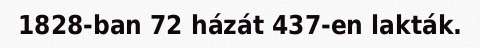
1828-ban 72 házát 437-en lakták.